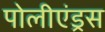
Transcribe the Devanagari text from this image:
पोलीएंड्रस